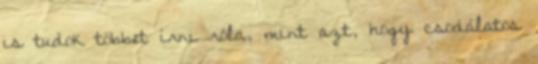
is tudok többet írni róla, mint azt, hogy csodálatos